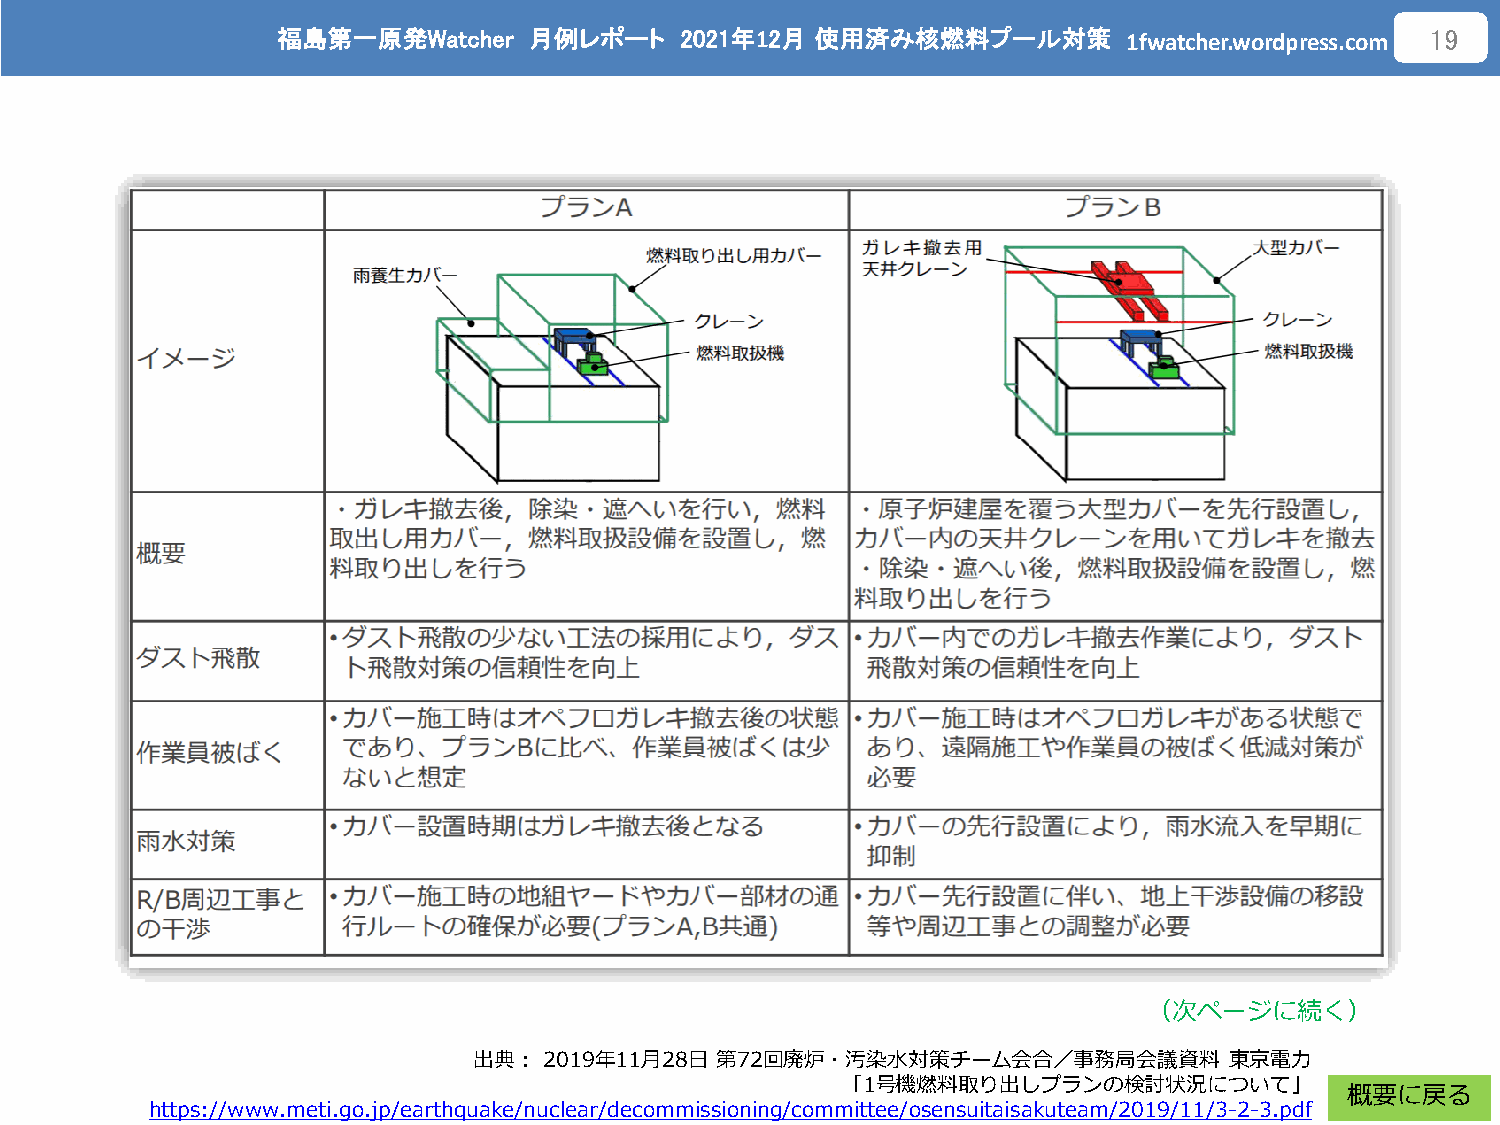
福島第一原発Watcher    月例レポート    2021年12月 使用済み核燃料プール対策
 1fwatcher.wordpress.com
 19
 （次ページに続く）
 出典：  2019年11月28日 第72回廃炉・汚染水対策チーム会合／事務局会議資料        東京電力
 「1号機燃料取り出しプランの検討状況について」
 概要に戻る
 https://www.meti.go.jp/earthquake/nuclear/decommissioning/committee/osensuitaisakuteam/2019/11/3-2-3.pdf